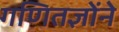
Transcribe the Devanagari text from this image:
गणितज्ञोंने